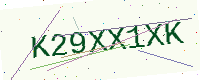
Text: K29XX1XK